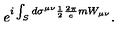
e ^ { i \int _ { S } d \sigma ^ { \mu \nu } \frac { 1 } { 2 } \frac { 2 \pi } { e } m W _ { \mu \nu } } .